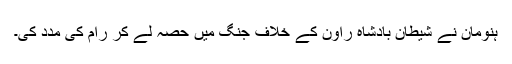
ہنومان نے شیطان بادشاہ راون کے خلاف جنگ میں حصہ لے کر رام کی مدد کی۔